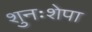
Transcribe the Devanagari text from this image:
शुनःशेपा